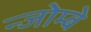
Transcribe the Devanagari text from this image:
न्जोम्बे